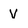
Character: V